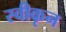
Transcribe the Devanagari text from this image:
स्वीकृन